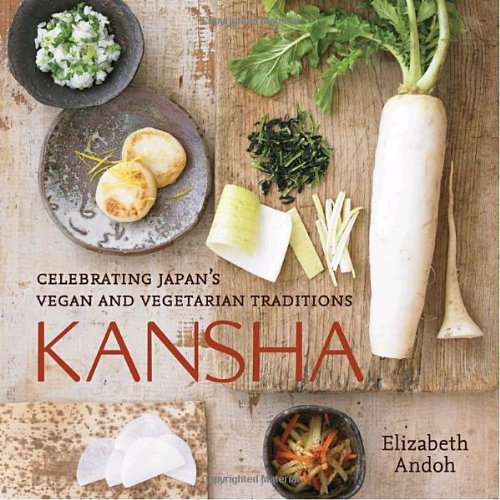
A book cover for Kansha: Celebrating Japan's Vegan and Vegetarian Traditions; Elizabeth Andoh; Cookbooks, Food & Wine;